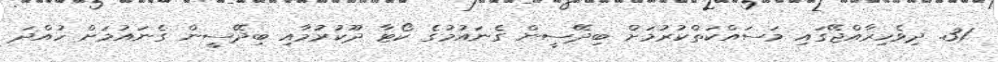
31. ދިވެހިރާއްޖޭގައި މަސައްކަތްކުރުމަށް ބިދޭސީން ގެނައުމުގެ ކޯޓާ ދޫކުރުމާއި ބިދޭސީން ގެނައުމަށް ހުއްދަ